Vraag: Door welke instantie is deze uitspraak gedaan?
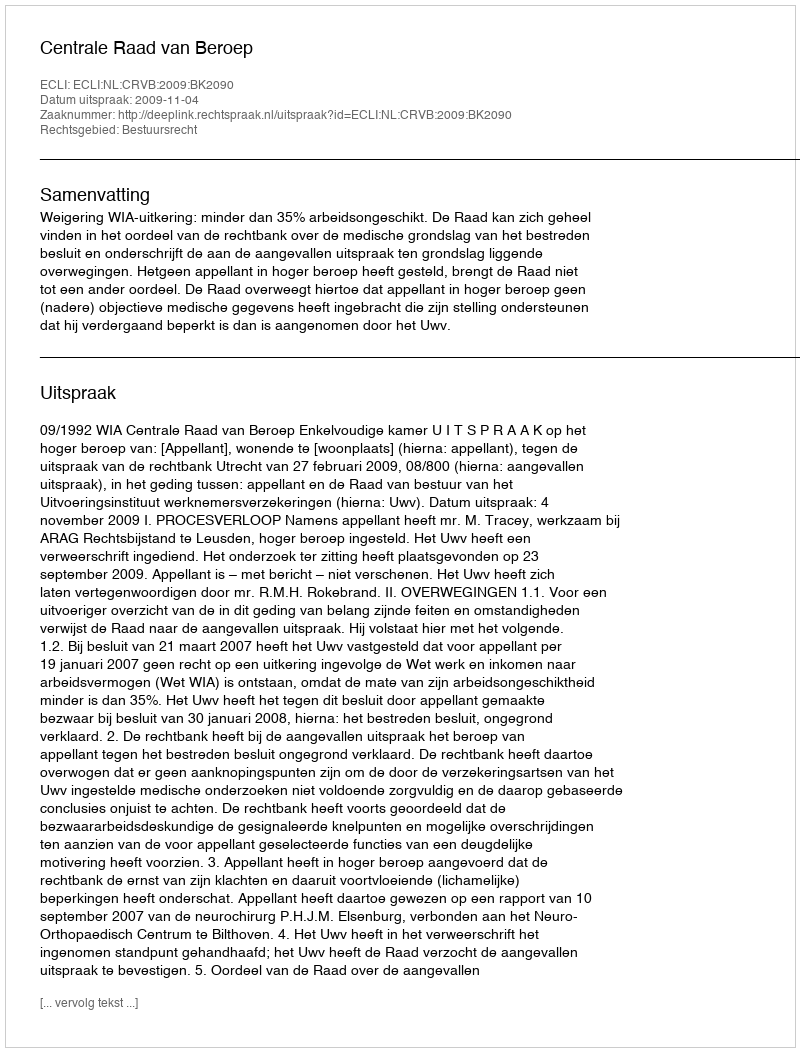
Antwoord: Centrale Raad van Beroep